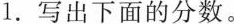
1.写出下面的分数。